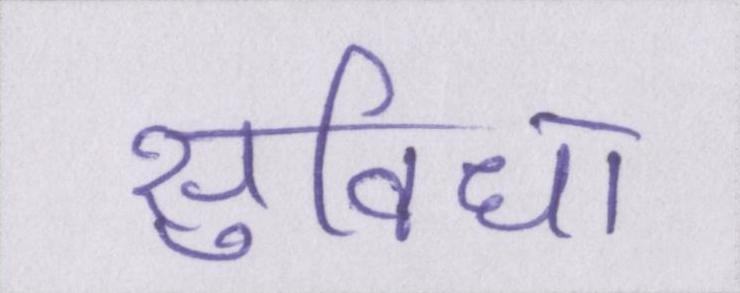
सुविधा